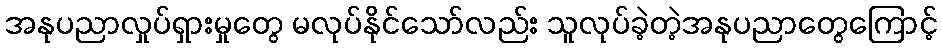
အနုပညာလှုပ်ရှားမှုတွေ မလုပ်နိုင်သော်လည်း သူလုပ်ခဲ့တဲ့အနုပညာတွေကြောင့်